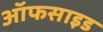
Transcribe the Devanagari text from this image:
ऑफसाइड